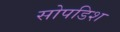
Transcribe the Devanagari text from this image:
सोपडिश